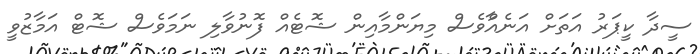
ސީދާ ކީޕަރު އަތަށް އަނެއްާވެސް މިޔަންމާއިން ޝޮޓެއް ފޮނުވާލި ނަމަވެސް ޝޮޓް އަމާޒުވީ